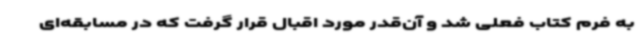
به فرم کتاب فعلی شد و آن‌قدر مورد اقبال قرار گرفت که در مسابقه‌ای